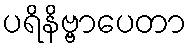
ပရိနိဗ္ဗာပေတာ